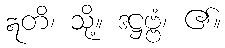
ဣတိ၊ သို့။ ဒဋ္ဌဗ္ဗံ၊ ၏။